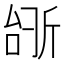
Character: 𫿺